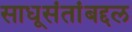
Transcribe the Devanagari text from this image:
साधूसंतांबद्दल